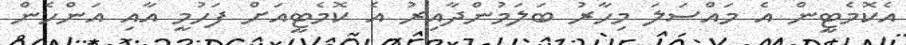
އެކޮމެޓީން އެ މައްސަލަ މިހާރު ބަލަމުންދާއިރު އެ ކޮމެޓީއަށް ފަހުމީ އާއި އަންހެން